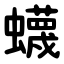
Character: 蠛